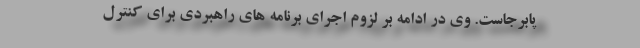
پابرجاست. وی در ادامه بر لزوم اجرای برنامه های راهبردی برای کنترل